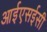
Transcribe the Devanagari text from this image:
आईएसईसी